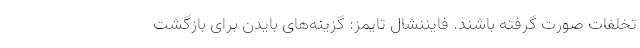
تخلفات صورت گرفته باشند. فایننشال تایمز: گزینه‌های بایدن برای بازگشت